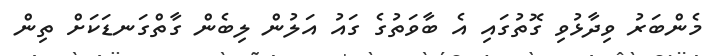
މެންބަރު ވިދާޅުވި ގޮތުގައި އެ ބާވަތުގެ ގައު އަލުން ލިބެން ގާތްގަނޑަކަށް ތިން